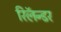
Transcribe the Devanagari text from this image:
रिलॅन्डर